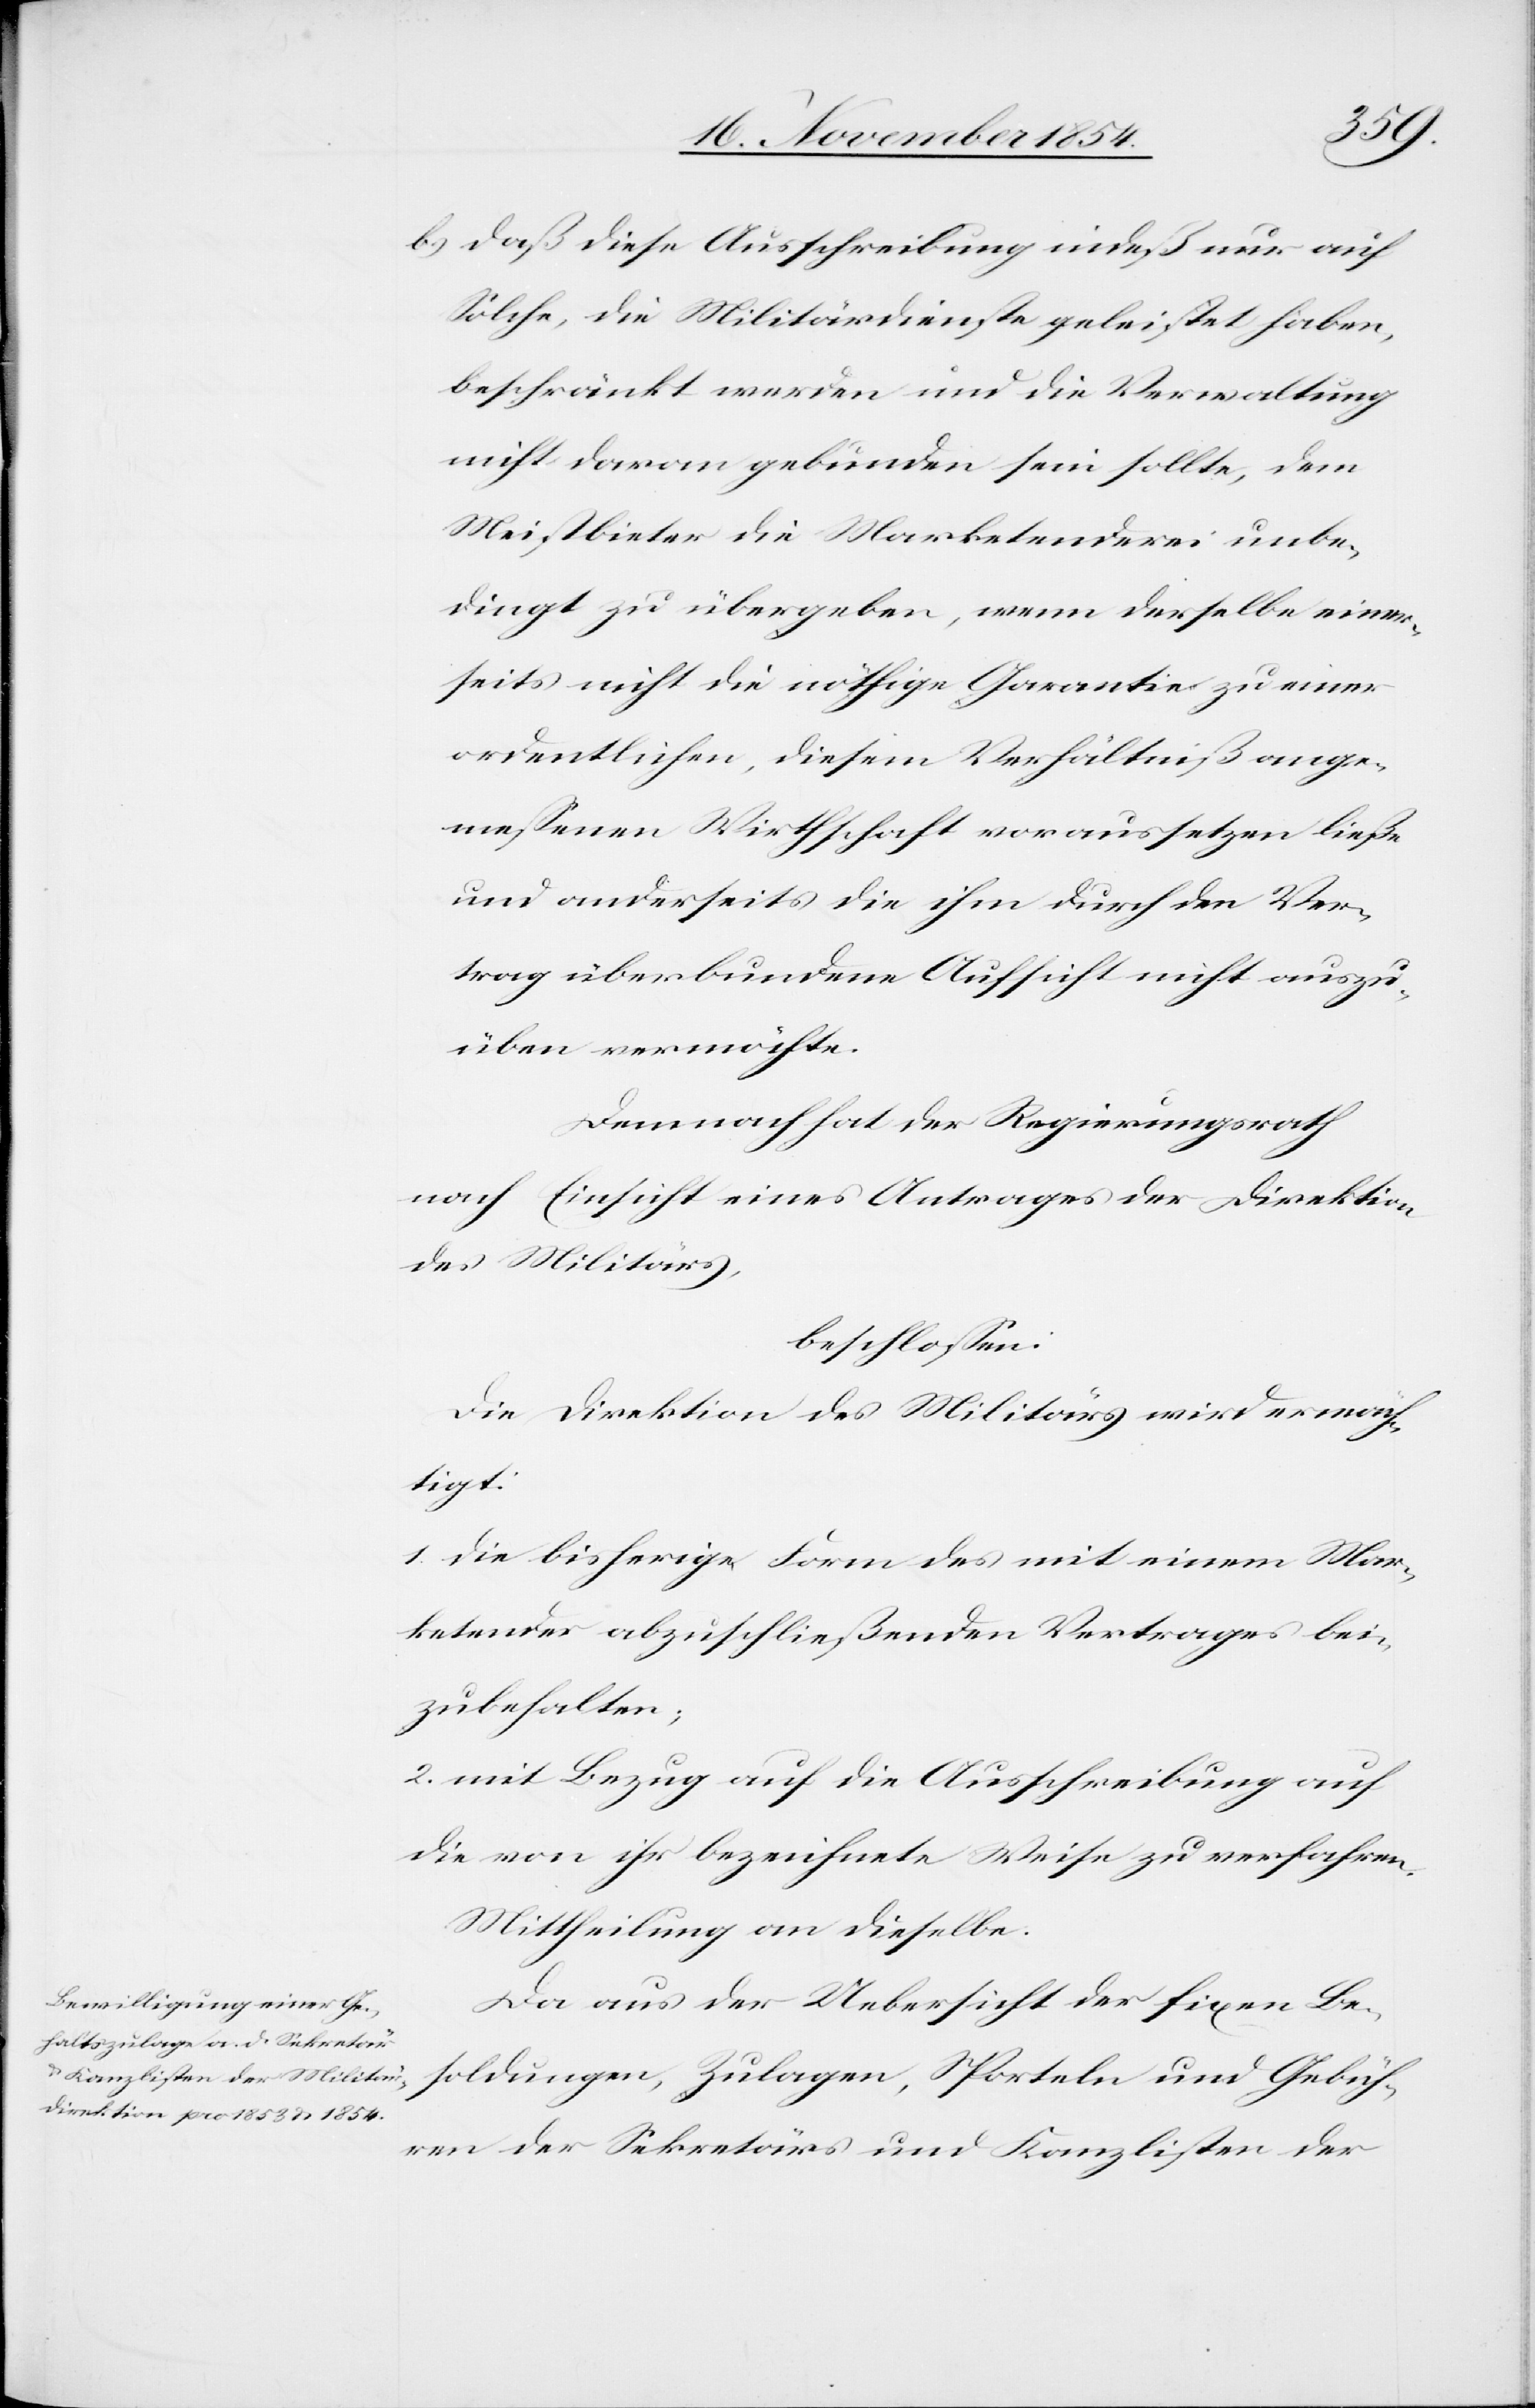
b.) daß diese Ausschreibung indeß nur auf
Solche, die Militärdienste geleistet haben,
beschränkt werden und die Verwaltung
nicht daran gebunden sein sollte, dem
Meistbieter die Marketenderei unbe¬
dingt zu übergeben, wenn derselbe einer¬
seits nicht die nöthige Garantie zu einer
ordentlichen, diesem Verhältniß ange¬
meßenen Wirthschaft voraussetzen ließe
und anderseits die ihm durch den Ver¬
trag überbundene Aufsicht nicht auszu¬
üben vermöchte.
Demnach hat der Regierungsrath
nach Einsicht eines Antrages der Direktion
des Militärs,
beschloßen:
Die Direktion des Militärs wird ermäch¬
tigt:
1. die bisherige Form des mit einem Mar¬
ketender abzuschließenden Vertrag bei¬
zubehalten;
2. mit Bezug auf die Ausschreibung auf
die von ihr bezeichnete Weise zu verfahren.
Mittheilung an dieselbe.
Da aus der Uebersicht der fixen Be¬
soldungen, Zulagen, Sporteln und Gebüh¬
ren der Sekretärs und Kanzlisten der